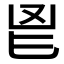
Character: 𮫖